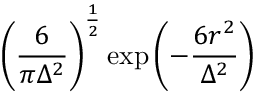
\left( \frac { 6 } { \pi \Delta ^ { 2 } } \right) ^ { \frac { 1 } { 2 } } \exp \left( { - \frac { 6 r ^ { 2 } } { \Delta ^ { 2 } } } \right)